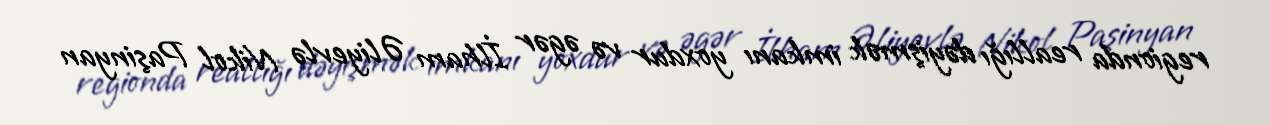
regionda reallığı dəyişmək imkanı yoxdur və əgər İlham Əliyevlə Nikol Paşinyan